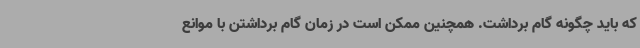
که باید چگونه گام برداشت. همچنین ممکن است در زمان گام برداشتن با موانع